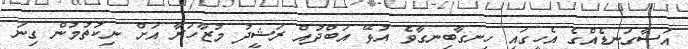
އަސާގަނޑެއްގެ އެހީގައި ހިނގާބިނގާވެ އުޅޭ އަބްދުއް ރަޝީދު މުޒާހަރާ އަށް ނިކުތުމުން ގިނަ